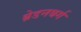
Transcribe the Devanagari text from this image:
ब्रेडनबर्ग